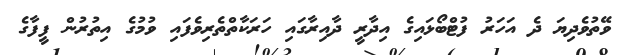
ވޭތުވެދިޔަ ދެ އަހަރު ފުޓްބޯޅައިގެ އިދާރީ ދާއިރާގައި ހަރަކާތްތެރިވެފައި ވުމުގެ އިތުރުން ފީފާގެ